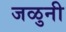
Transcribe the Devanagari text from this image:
जळुनी